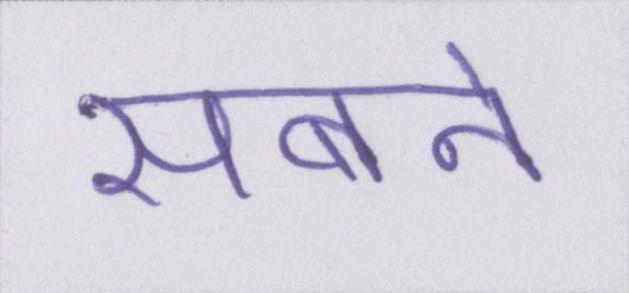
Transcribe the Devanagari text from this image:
सबने